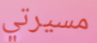
مسيرتي